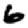
Digit: 6